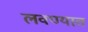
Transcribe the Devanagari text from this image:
लवण्यात